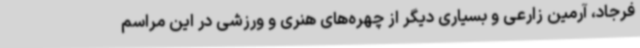
فرجاد، آرمین زارعی و بسیاری دیگر از چهره‌های هنری و ورزشی در این مراسم